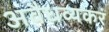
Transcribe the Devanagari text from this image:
अवैधव्यकरं